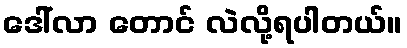
ဒေါ်လာ တောင် လဲလို့ရပါတယ်။